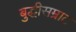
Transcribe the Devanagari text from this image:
बुद्धीसम्राट